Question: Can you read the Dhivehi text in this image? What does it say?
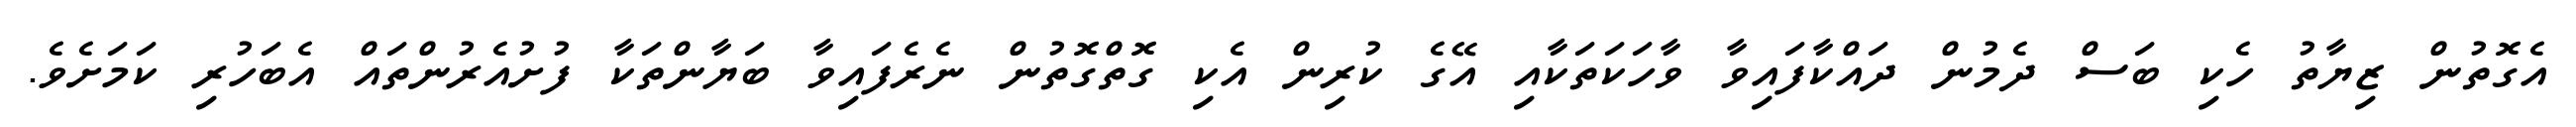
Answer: އެގޮތުން ޒިޔާތު ހެކި ބަސް ދެމުން ދައްކާފައިވާ ވާހަކަތަކާއި އޭގެ ކުރިން އެކި ގޮތްގޮތުން ނެރެފައިވާ ބަޔާންތަކާ ފުށުއެރުންތައް އެބަހުރި ކަމަށެވެ.